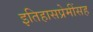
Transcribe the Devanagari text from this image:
इतिहासप्रेमींसह